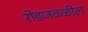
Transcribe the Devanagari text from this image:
रोडजवळील